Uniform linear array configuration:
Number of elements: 16
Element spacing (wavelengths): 0.25
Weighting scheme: exponential
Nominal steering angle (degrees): -45
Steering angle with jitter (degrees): -44.33
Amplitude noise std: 0.05
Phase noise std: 0.05

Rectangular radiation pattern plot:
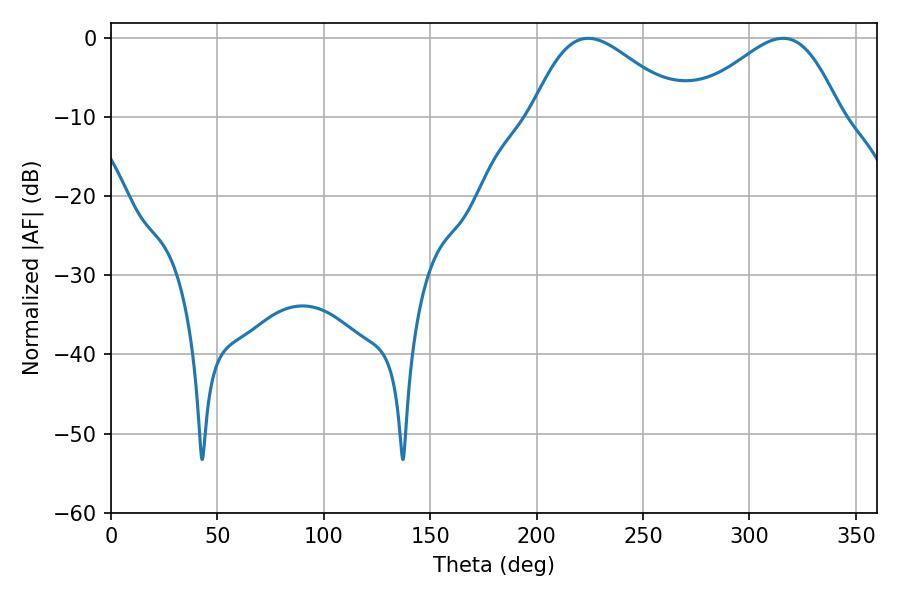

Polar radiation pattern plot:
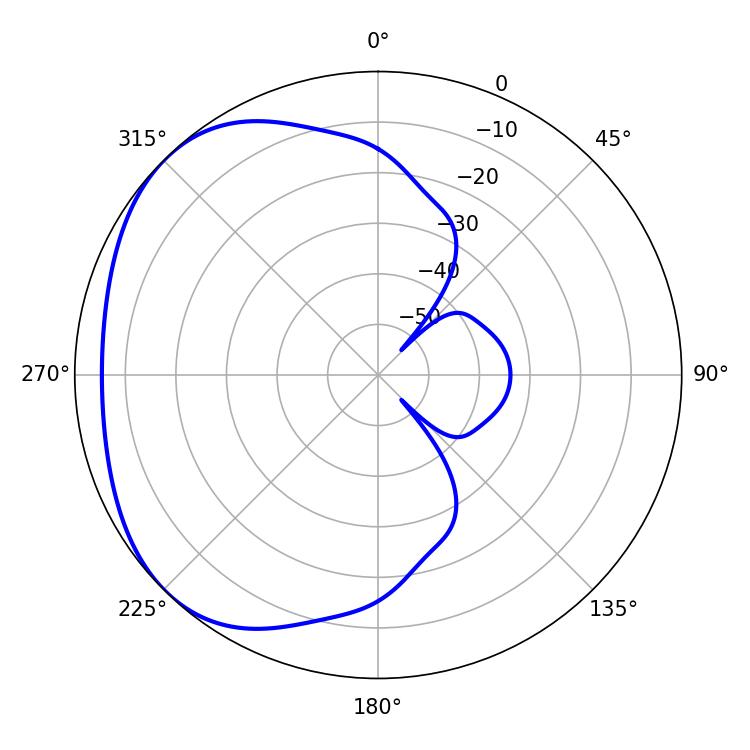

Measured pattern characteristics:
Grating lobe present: FALSE
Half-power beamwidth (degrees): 37.44
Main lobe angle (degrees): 224.28